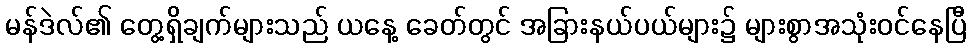
မန်ဒဲလ်၏ တွေ့ရှိချက်များသည် ယနေ့ ခေတ်တွင် အခြားနယ်ပယ်များ၌ များစွာအသုံးဝင်နေပြီ